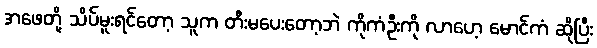
အဖေတို့ သိပ်မူးရင်တော့ သူက တီးမပေးတော့ဘဲ ကိုကံဦးကို လာဟေ့ မောင်ကံ ဆိုပြီး